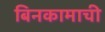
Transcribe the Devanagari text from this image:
बिनकामाची